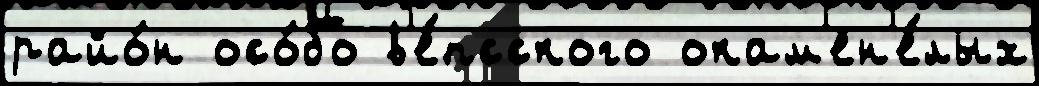
райо́н осо́бо в'е́псского окам'ен'е́лых